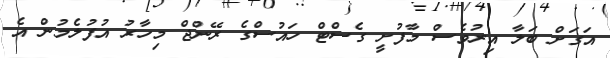
އަގަށް ބަލާ އިރުވެސް މާފުށީ ގެސްޓް ހައުސްގެ ރޭންޖް މިހާރު އުފުލެމުން އެ